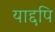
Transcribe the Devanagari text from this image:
याद्दपि